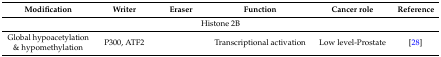
<table><thead><tr><td><b>Modification</b></td><td><b>Writer</b></td><td><b>Eraser</b></td><td><b>Function</b></td><td><b>Cancer role</b></td><td><b>Reference</b></td></tr></thead><tbody><tr><td colspan="6">Histone 2B</td></tr><tr><td>Global hypoacetylation &amp; hypomethylation</td><td>P300, ATF2</td><td></td><td>Transcriptional activation</td><td>Low level-Prostate </td><td>[28]</td></tr></tbody></table>